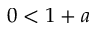
0 < 1 + a